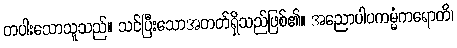
တပါးသောသူသည်။ သင်ပြီးသောအတတ်ရှိသည်ဖြစ်၏။ အညောပါပကမ္မံကရောတိ၊